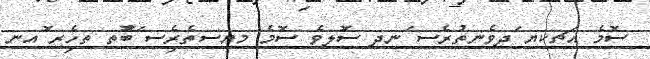
ސޮމެ އަޗކޔ ަދވެނތުރެސ ަނދ ސޮލވެ ސޮމެ މޔސތެރިެސ ަބޮުތ ތހެިރ ޮއނ